Calcutta medical institutions reports 1892-1900
Year: 1892
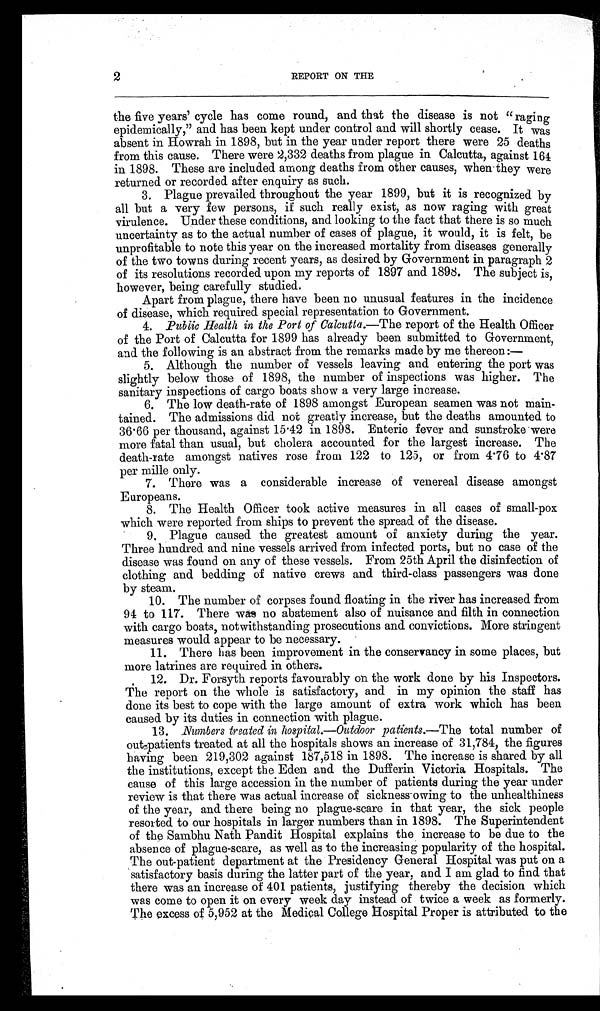
2
REPORT ON THE
the five years' cycle has come round, and that the disease is not "raging
epidemically," and has been kept under control and will shortly cease. It was
absent in Howrah in 1898, but in the year under report there were 25 deaths
from this cause. There were 2,332 deaths from plague in Calcutta, against 164
in 1898. These are included among deaths from other causes, when they were
returned or recorded after enquiry as such.
3. Plague prevailed throughout the year 1899, but it is recognized by
all but a very few persons, if such really exist, as now raging with great
virulence. Under these conditions, and looking to the fact that there is so much
uncertainty as to the actual number of cases of plague, it would, it is felt, be
unprofitable to note this year on the increased mortality from diseases generally
of the two towns during recent years, as desired by Government in paragraph 2
of its resolutions recorded upon my reports of 1897 and 1898. The subject is,
however, being carefully studied.
Apart from plague, there have been no unusual features in the incidence
of disease, which required special representation to Government.
4. Public Health in the Port of Calcutta.—The report of the Health Officer
of the Port of Calcutta for 1899 has already been submitted to Government,
and the following is an abstract from the remarks made by me thereon:—
5. Although the number of vessels leaving and entering the port was
slightly below those of 1898, the number of inspections was higher. The
sanitary inspections of cargo boats show a very large increase.
6. The low death-rate of 1898 amongst European seamen was not main
-tained. The admissions did not greatly increase, but the deaths amounted to
36.66 per thousand, against 15.42 in 1898. Enteric fever and sunstroke were
more fatal than usual, but cholera accounted for the largest increase. The
death-rate amongst natives rose from 122 to 125, or from 4.76 to 4.87
per mille only.
7. There was a considerable increase of venereal disease amongst
Europeans.
8. The Health Officer took active measures in all cases of small-pox
which were reported from ships to prevent the spread of the disease.
9, Plague caused the greatest amount of anxiety during the year.
Three hundred and nine vessels arrived from infected ports, but no case of the
disease was found on any of these vessels. From 25th April the disinfection of
clothing and bedding of native crews and third-class passengers was done
by steam.
10. The number of corpses found floating in the river has increased from
94 to 117. There was no abatement also of nuisance and filth in connection
with cargo boats, notwithstanding prosecutions and convictions. More stringent
measures would appear to be necessary.
11. There has been improvement in the conservancy in some places, but
more latrines are required in others.
12. Dr. Forsyth reports favourably on the work done by his Inspectors.
The report on the whole is satisfactory, and in my opinion the staff has
done its best to cope with the large amount of extra work which has been
caused by its duties in connection with plague.
13. Numbers treated in hospital.—Outdoor patients.— The total number of
out-patients treated at all the hospitals shows an increase of 31,784, the figures
having been 219,302 against 187,518 in 1898. The increase is shared by all
the institutions, except the Eden and the Dufferin Victoria Hospitals. The
cause of this large accession in the number of patients during the year under
review is that there was actual increase of sickness owing to the unhealthiness
of the year, and there being no plague-scare in that year, the sick people
resorted to our hospitals in larger numbers than in 1898. The Superintendent
of the Sambhu Nath Pandit Hospital explains the increase to be due to the
absence of plague-scare, as well as to the increasing popularity of the hospital.
The out-patient department at the Presidency General Hospital was put on a
satisfactory basis during the latter part of the year, and I am glad to find that
there was an increase of 401 patients, justifying thereby the decision which
was come to open it on every week day instead of twice a week as formerly.
The excess of 5,952 at the Medical College Hospital Proper is attributed to the